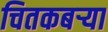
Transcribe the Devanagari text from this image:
चितकबऱ्या